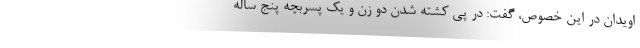
اویدان در این خصوص، گفت: در پی کشته ‌شدن دو زن و یک پسربچه پنج ساله